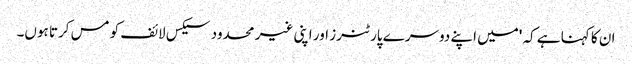
ان کا کہنا ہے کہ 'میں اپنے دوسرے پارٹنرز اور اپنی غیر محدود سیکس لائف کو مس کرتا ہوں۔